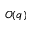
O ( q )